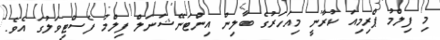
މި ފިލްމު ޕްރިމިއަ ކުރާނީ މިއަހަރުގެ ބާލިން އިންޓަނޭޝަނަލް ފިލްމު ފެސްޓިވަލުގަ އެވެ.